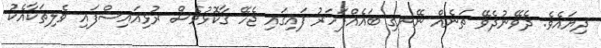
ދިޔައެވެ. ދެވޭނުދެވޭ ތަނެއް ނޭނގި ބައެއްފަހަރު ފައިގައި ޖެހޭ ގާކޮޅުވެސް ރުޅިއައިސްފައި ވެލިތަކާއެކު